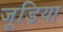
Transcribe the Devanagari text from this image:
जूडिया